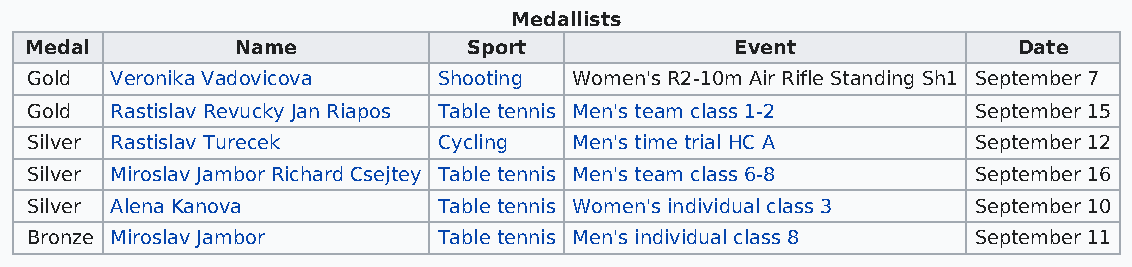
Medallists
 Medal         Name           Sport             Event             Date
 Gold Veronika Vadovicova   Shooting Women's R2-10m Air Rifle Standing Sh1 September 7
 Gold Rastislav Revucky Jan Riapos Table tennis Men's team class 1-2 September 15
 Silver Rastislav Turecek   Cycling  Men's time trial HC A     September 12
 Silver Miroslav Jambor Richard Csejtey Table tennis Men's team class 6-8 September 16
 Silver Alena Kanova        Table tennis Women's individual class 3 September 10
 Bronze Miroslav Jambor     Table tennis Men's individual class 8 September 11